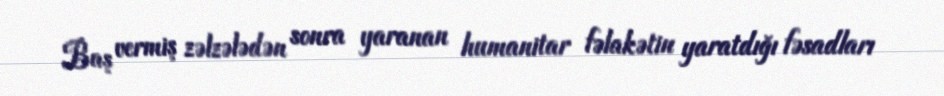
Baş vermiş zəlzələdən sonra yaranan humanitar fəlakətin yaratdığı fəsadları